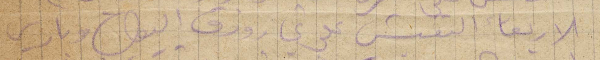
الأربعاء التفتيش على ورق اليول وباريس